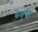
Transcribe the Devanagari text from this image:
बेसुधा